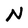
Character: N